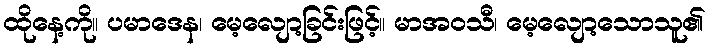
ထိုနေ့ကို။ ပမာဒေန၊ မေ့လျော့ခြင်းဖြင့်။ မာအဝသီ၊ မေ့လျော့သောသူ၏